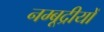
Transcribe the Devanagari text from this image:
नम्बूद्रीयों